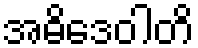
အဓိဒေဝါတိ